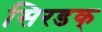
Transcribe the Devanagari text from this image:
सिरडक्